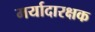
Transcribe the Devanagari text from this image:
मर्यादारक्षक